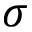
\sigma